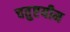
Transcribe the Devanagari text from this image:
चतुष्टयीम